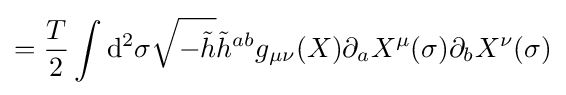
={T \over 2}\int \mathrm {d} ^{2}\sigma {\sqrt {-{\tilde {h}}}}{\tilde {h}}^{ab}g_{\mu \nu }(X)\partial _{a}X^{\mu }(\sigma )\partial _{b}X^{\nu }(\sigma )